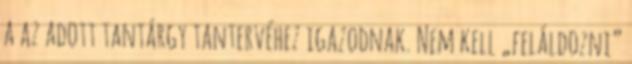
a az adott tantárgy tantervéhez igazodnak. Nem kell „feláldozni”